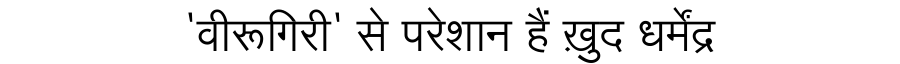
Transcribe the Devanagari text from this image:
'वीरूगिरी' से परेशान हैं ख़ुद धर्मेंद्र